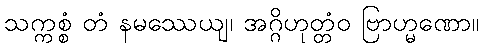
သက္ကစ္စံ တံ နမဿေယျ၊ အဂ္ဂိဟုတ္တံဝ ဗြာဟ္မဏော။